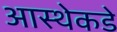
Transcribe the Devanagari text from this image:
आस्थेकडे